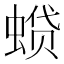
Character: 𫋌